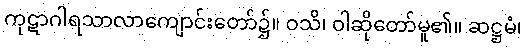
ကုဋာဂါရသာလာကျောင်းတော်၌။ ဝသိ၊ ဝါဆိုတော်မူ၏။ ဆဋ္ဌမံ၊